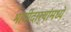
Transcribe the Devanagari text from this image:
भागीदार्‍यांमध्ये